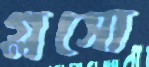
গ্লসো